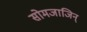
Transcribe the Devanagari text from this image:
सोमजाजिन्